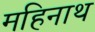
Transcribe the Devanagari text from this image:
महिनाथ